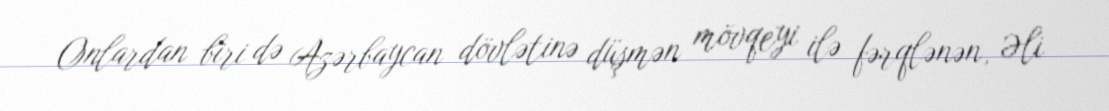
Onlardan biri də Azərbaycan dövlətinə düşmən mövqeyi ilə fərqlənən, Əli